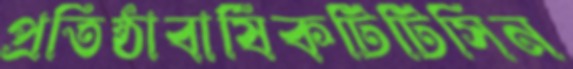
প্রতিষ্ঠাবার্ষিকটিটিসিন